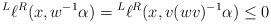
LaTeX: \begin{align*}\prescript L{}{}\ell{}^R(x,w^{-1}\alpha) = \prescript L{}{}\ell{}^R(x,v (wv)^{-1}\alpha) \leq 0\end{align*}